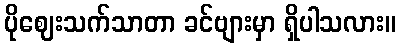
ပိုဈေးသက်သာတာ ခင်ဗျားမှာ ရှိပါသလား။